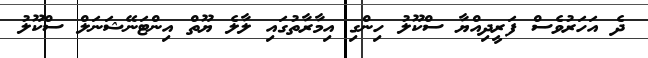
ދެ އަހަރުވެސް ފަރީދިއްޔާ ސްކޫލު ހިންގި އިމާރާތުގައި ލާލެ ޔޫތް އިންޓަނޭޝަނަލް ސްކޫލު